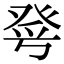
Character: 𤼮